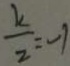
\frac { k } { 2 } = - 1